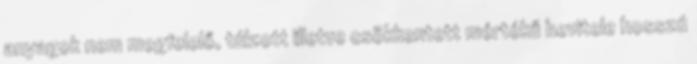
anyagok nem megfelelő, túlzott illetve csökkentett mértékű bevitele hosszú